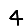
Digit: 4